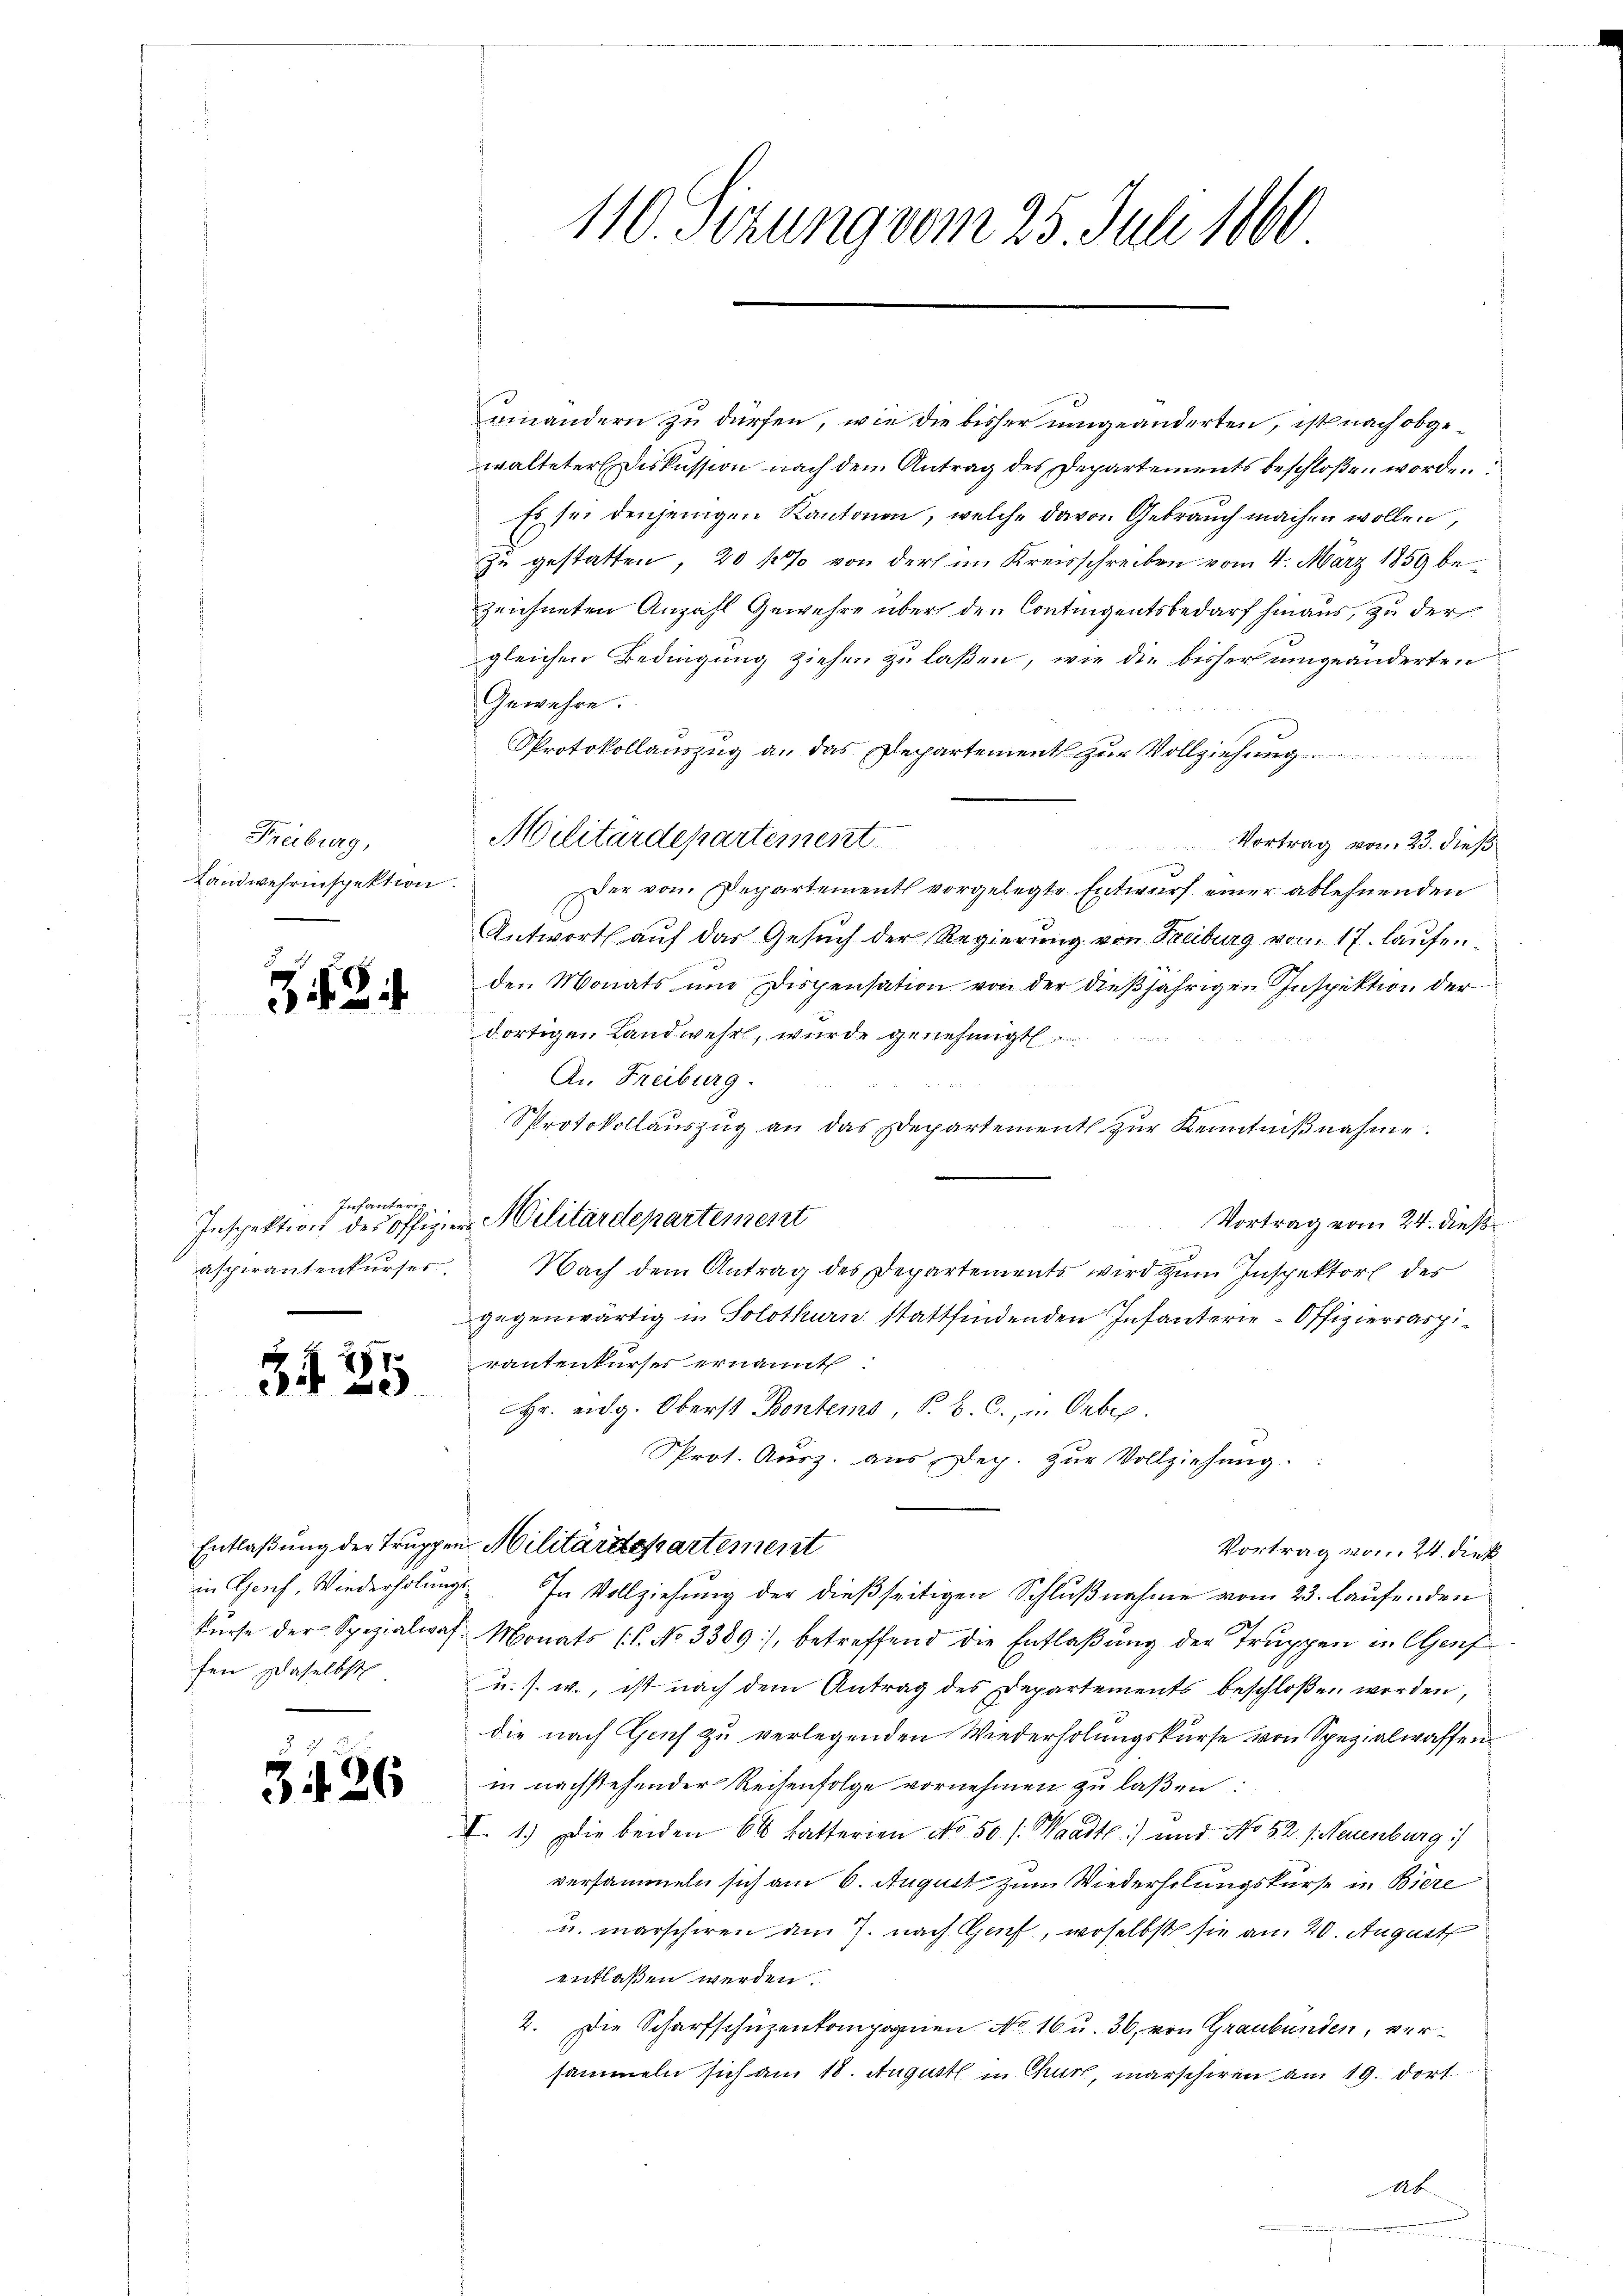
Freiburg,
Landwehrinspektion.

34 35

3

3

Infanterin
aspirantenkurses.

fen daselbst

26

einandern zu dürfen, wie die bisher umgeänderten, ist nach obgewalteter Diskussion nach dem Antrag des Departements beschloßen worden
Es sei denjenigen Kantonen, welche davon Gebrauch machen wollen,
zu gestatten, 20 170 von der im Kreisschreiben vom 4. März 1859 bezeichneten Anzahl Gewehre über den Contigentsbedarf hinaus, zu der
gleichen Bedingung ziehen zu laßen, wie die bisher umgeänderten
Gewehre.
Protokollauszug an das Departement zur Vollziehung
Vortrag vom 23. dieß

Der von Departement vorgelegte Entwurf einer ablehnenden
Antwort auf das Gesuch der Regierung von Freiburg vom 17. laufenden Monats und Dispensation von der dießjährigen Inspektion der
dortigen Landwehr, wurde genehmigt.
An Freiburg.
L S. 14
Protokollauszug an das Departement zur Kenntnißnahme.
Inspektion des Offizier Militärdepartement
Vortrag vom 24. dieß
Nach dem Antrag des Departements wird zum Inspektors des
gegenwärtig in Solothurn stattfindenden Infanterie-Offizierraspirautenkurses ernannt:
r. eidg. Oberst Bentems, S. B. C. u. Orbe.
Prot. Ausz. aus Dec. zŭr Vollziehung.
Entlaßung der Truppen Militärdepartement
Vortrag vom 24. Diek.
in Grich, Wiederholungs. In Vollziehung der dießseitigen Schlußnahme vom 23. Laufenden
kŭrse der Spezialwaf Monats (T. No 3389), betreffend die Entlaβŭng der Truppen in Genf
u. s. w., ist nach dem Antrag des Departements beschloßen worden,
die nach Genf zu verlegenden Wiederholungskurse von Spezialwaffen
in nachstehender Reihenfolge vornehmen zu laßen:
I. 1.) Die beiden 66 Batterien No 50 /: Waadt) und No 52. /: Neuenburg :/
versammeln sich am 6. August zum Wiederholungskurse in Biere
u. marschiren am 7. nach Harf, woselbst sie am 20. August
entlaßen werden.
2. Die Scharfschüzenkompagnien No 16 u. 36. von Graubünden, versammeln sich am 18. August in Chur, marschiren am 19. dort
4

Militärdepartement

110. Sizung vom 25. Juni 1860